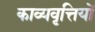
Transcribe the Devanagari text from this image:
काव्यवृत्तियों